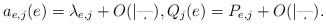
LaTeX: \begin{align*}a_{e,j}(e) = \lambda_{e,j} +O(|\d|),Q_j(e)=P_{e,j}+O(|\d|).\end{align*}